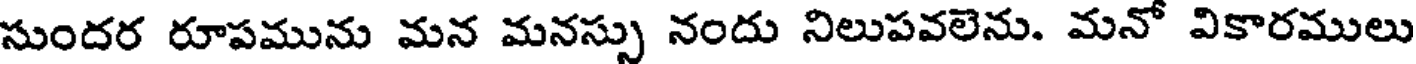
సుందర రూపమును మన మనస్సు నందు నిలుపవలెను. మనో వికారములు